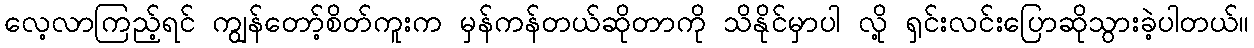
လေ့လာကြည့်ရင် ကျွန်တော့်စိတ်ကူးက မှန်ကန်တယ်ဆိုတာကို သိနိုင်မှာပါ လို့ ရှင်းလင်းပြောဆိုသွားခဲ့ပါတယ်။